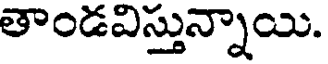
తాండవిస్తున్నాయి.